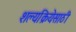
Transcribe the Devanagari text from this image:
शल्यक्रियेसाठी